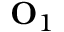
\mathbf { O } _ { 1 }